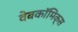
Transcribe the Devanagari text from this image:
वेबकाॅमिक्स